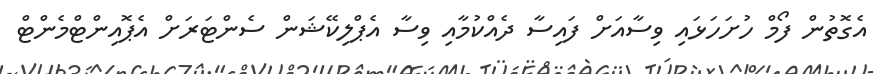
އެގޮތުން ފޯމް ހުށަހަޅައި ވިސާއަށް ފައިސާ ދެއްކުމާއި ވިސާ އެޕްލިކޭޝަން ސެންޓަރަށް އެޕޮއިންޓްމެންޓް